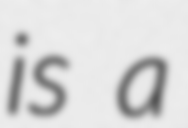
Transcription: is a